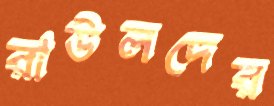
রাউলদের